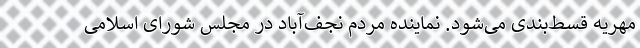
مهریه قسط‌بندی می‌شود. نماینده مردم نجف‌آباد در مجلس شورای اسلامی